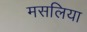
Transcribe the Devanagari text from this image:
मसलिया